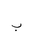
Letter: _ba